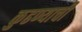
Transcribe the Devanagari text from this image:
कुढण्याची